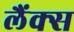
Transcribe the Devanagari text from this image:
लैंक्स